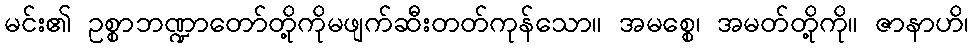
မင်း၏ ဥစ္စာဘဏ္ဍာတော်တို့ကိုမဖျက်ဆီးတတ်ကုန်သော။ အမစ္စေ၊ အမတ်တို့ကို။ ဇာနာဟိ၊